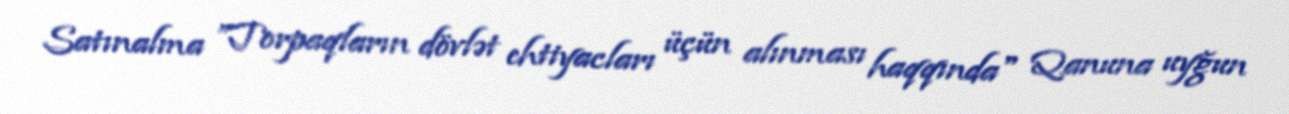
Satınalma ”Torpaqların dövlət ehtiyacları üçün alınması haqqında" Qanuna uyğun